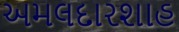
અમલદારશાહ